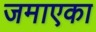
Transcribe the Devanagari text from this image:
जमाएका